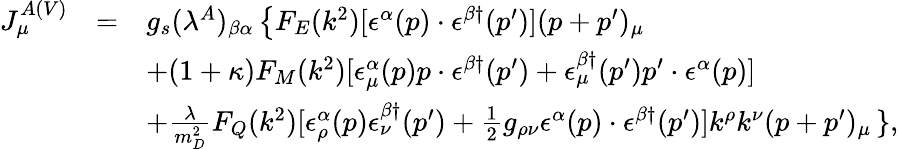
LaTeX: \begin{array}{rcl}{{J_{\mu}^{A(V)}}}&{{=}}&{{g_{s}(\lambda^{A})_{\beta\alpha}\left\{ F_{E}(k^{2})[\epsilon^{\alpha}(p)\cdot\epsilon^{\beta\dagger}(p^{\prime})](p+p^{\prime})_{\mu}\right.}}\\ {{}}&{{}}&{{+(1+\kappa)F_{M}(k^{2})[\epsilon_{\mu}^{\alpha}(p)p\cdot\epsilon^{\beta\dagger}(p^{\prime})+\epsilon_{\mu}^{\beta\dagger}(p^{\prime})p^{\prime}\cdot\epsilon^{\alpha}(p)]}}\\ {{}}&{{}}&{{+\frac{\lambda}{m_{D}^{2}}F_{Q}(k^{2})[\epsilon_{\rho}^{\alpha}(p)\epsilon_{\nu}^{\beta\dagger}(p^{\prime})+\frac{1}{2}g_{\rho\nu}\epsilon^{\alpha}(p)\cdot\epsilon^{\beta\dagger}(p^{\prime})]k^{\rho}k^{\nu}(p+p^{\prime})_{\mu}\left.\right\} ,}}\end{array}